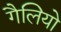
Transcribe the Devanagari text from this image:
गैलियो